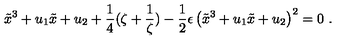
\tilde { x } ^ { 3 } + u _ { 1 } \tilde { x } + u _ { 2 } + \frac { 1 } { 4 } ( \zeta + \frac { 1 } { \zeta } ) - \frac { 1 } { 2 } \epsilon \left( \tilde { x } ^ { 3 } + u _ { 1 } \tilde { x } + u _ { 2 } \right) ^ { 2 } = 0 \ .